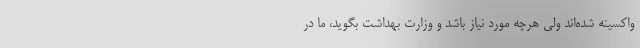
واکسینه شده‌اند ولی هرچه مورد نیاز باشد و وزارت بهداشت بگوید، ما در